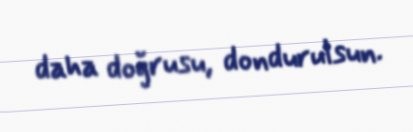
daha doğrusu, dondurulsun.